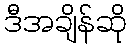
ဒီအချိန်ဆို